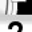
Digit: 7